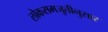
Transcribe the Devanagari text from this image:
लोकसमजुतीनुसार